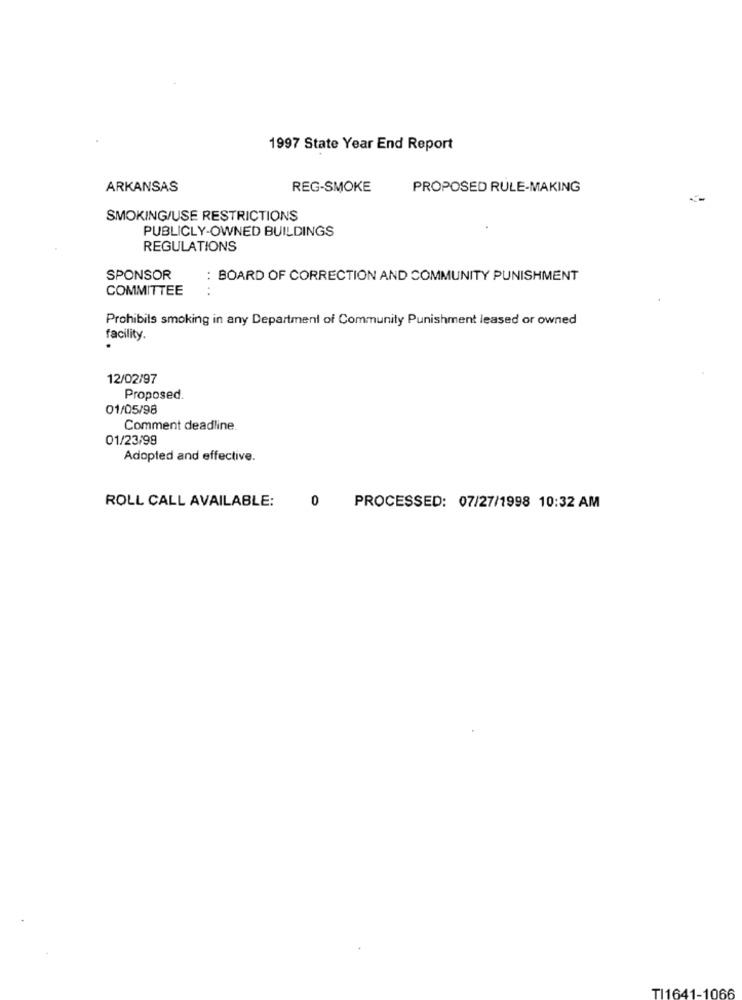
1997 State Year End Report
ARKANSAS
REG-SMOKE
PROPOSED RULE-MAKING
SMOKING/USE RESTRICTIONS
PUBLICLY-OWNED BUILDINGS
REGULATIONS
SPONSOR
: BOARD OF CORRECTION AND COMMUNITY PUNISHMENT
COMMITTEE
..
Prohibits smoking in any Department of Community Punishment leased or owned
facility.
12/02/97
Proposed.
01/05/98
Comment deadline.
01/23/99
Adopted and effective.
ROLL CALL AVAILABLE:
0
PROCESSED: 07/27/1998 10:32 AM
TI1641-1066